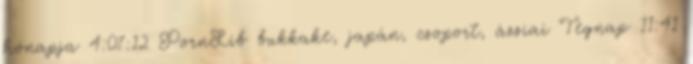
hónapja 4:07:12 PornLib bukkake, japán, csoport, ázsiai Tegnap 11:41